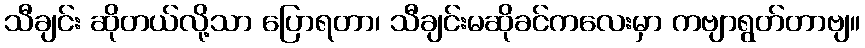
သီချင်း ဆိုတယ်လို့သာ ပြောရတာ၊ သီချင်းမဆိုခင်ကလေးမှာ ကဗျာရွတ်တာဗျ။